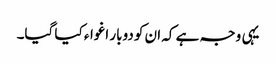
یہی وجہ ہے کہ ان کو دوبار اغواء کیا گیا۔